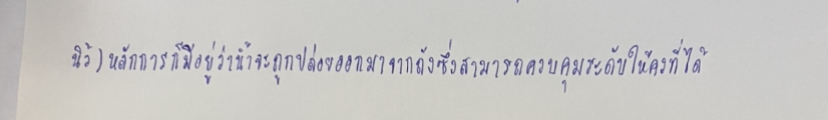
นิ้ว)หลักการก็มีอยู่ว่าน้ำจะถูกปล่อยออกจากถังซึ่งสามารถควบคุมระดับให้คงที่ได้